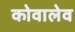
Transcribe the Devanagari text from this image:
कोवालेव